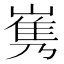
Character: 𡻎